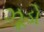
ઝૂડો